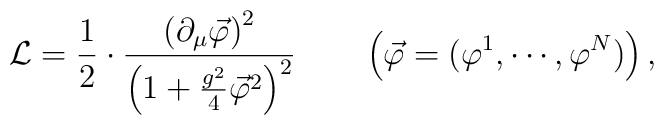
{\cal L}=\frac{1}{2}\cdot\frac{\left(\partial_{\mu}\vec{\varphi}\right)^2}{\left(1+\frac{g^2}{4}\vec{\varphi}^2\right)^2} \qquad\left(\vec{\varphi}=(\varphi^1,\cdots, \varphi^N)\right),